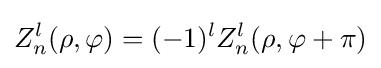
Z_{n}^{l}(\rho ,\varphi )=(-1)^{l}Z_{n}^{l}(\rho ,\varphi +\pi )